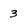
Character: 3